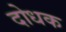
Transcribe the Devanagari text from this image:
दोधक